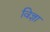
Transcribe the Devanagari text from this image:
विज्ञा